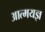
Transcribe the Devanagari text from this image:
आत्मयज्ञ